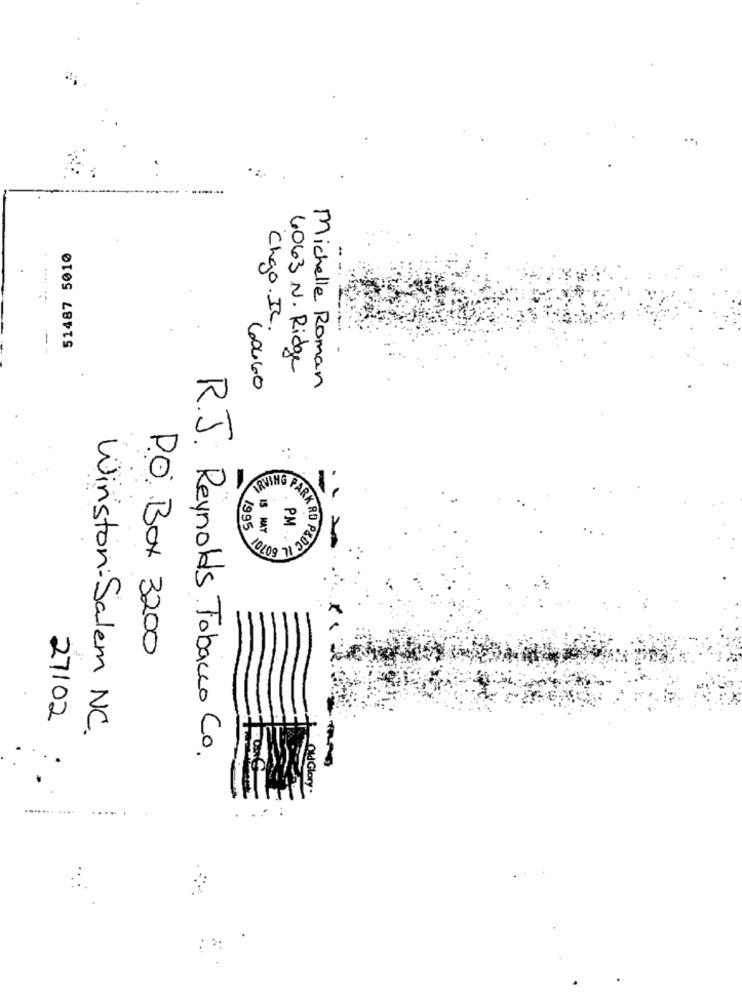
....
51487 5010
Chgo. IL.
6063 N. Ridge
60460
Michelle Roman
.-
=
1995
15 MAY
S . PM .
PARK RD PEDC
P.O. Box 3200
27102
Winston: Salem NC.
R.J. Reynolds Tobacco Co.
....... ....
.... .